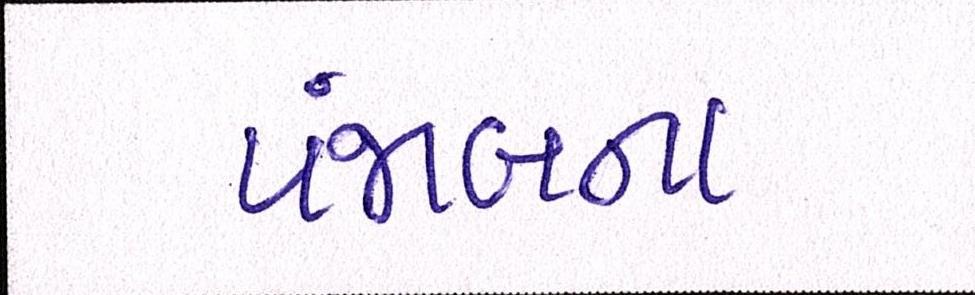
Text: પંજાબના